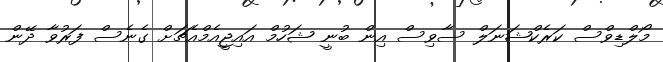
މޯލްޑިވްސް ކަރެކްޝަނަލް ސާވިސް އިން ބުނީ ޝަހުމް އައިޖީއެމްއެޗަށް ގެނެސް ފަރުވާ ދޭން